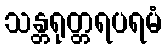
သန္တရုတ္တရပရမံ